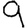
Digit: 9